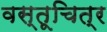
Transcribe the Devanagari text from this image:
वस्तूचित्र